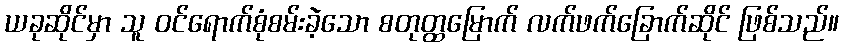
ယခုဆိုင်မှာ သူ ဝင်ရောက်စုံစမ်းခဲ့သော စတုတ္ထမြောက် လက်ဖက်ခြောက်ဆိုင် ဖြစ်သည်။